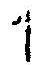
1